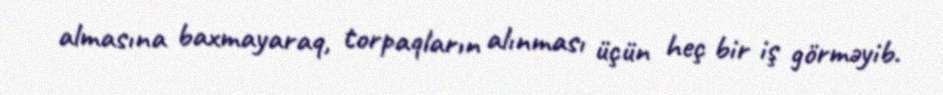
almasına baxmayaraq, torpaqların alınması üçün heç bir iş görməyib.